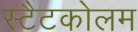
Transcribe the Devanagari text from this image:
स्टैटकोलम